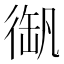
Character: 𢔫